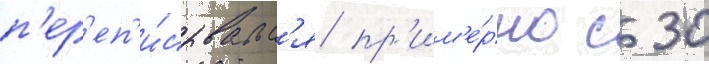
п'ер'еп'и́сывалс'я пр'им'е́рно с 30